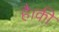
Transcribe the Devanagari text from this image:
है।की